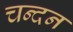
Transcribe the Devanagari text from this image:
चन्‍दन